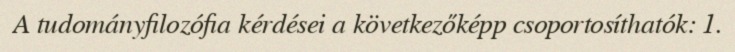
A tudományfilozófia kérdései a következőképp csoportosíthatók: 1.